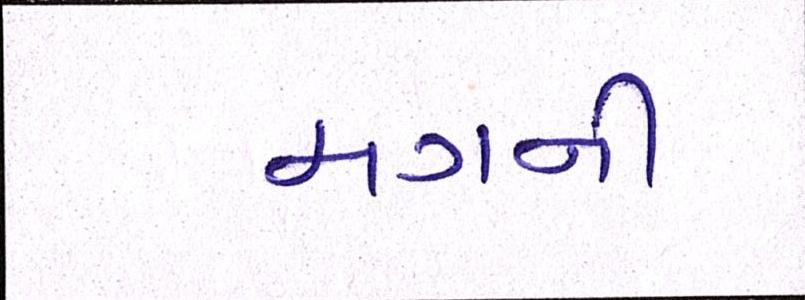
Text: મગની